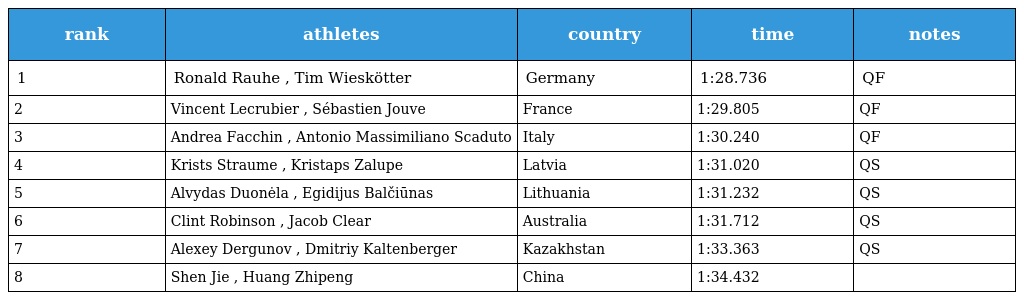
| rank | athletes | country | time | notes |
 | --- | --- | --- | --- | --- |
 | 1 | Ronald Rauhe , Tim Wieskötter | Germany | 1:28.736 | QF |
 | 2 | Vincent Lecrubier , Sébastien Jouve | France | 1:29.805 | QF |
 | 3 | Andrea Facchin , Antonio Massimiliano Scaduto | Italy | 1:30.240 | QF |
 | 4 | Krists Straume , Kristaps Zalupe | Latvia | 1:31.020 | QS |
 | 5 | Alvydas Duonėla , Egidijus Balčiūnas | Lithuania | 1:31.232 | QS |
 | 6 | Clint Robinson , Jacob Clear | Australia | 1:31.712 | QS |
 | 7 | Alexey Dergunov , Dmitriy Kaltenberger | Kazakhstan | 1:33.363 | QS |
 | 8 | Shen Jie , Huang Zhipeng | China | 1:34.432 |  |